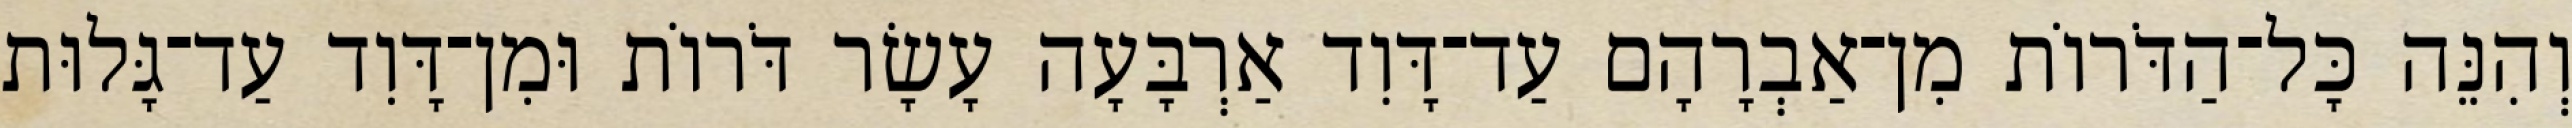
וְהִנֵּה כָּל־הַדֹּרוֹת מִן־אַבְרָהָם עַד־דָּוִד אַרְבָּעָה עָשָׂר דֹּרוֹת וּמִן־דָּוִד עַד־גָּלוּת